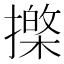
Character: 𢶱